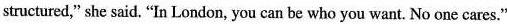
structured," she said. "In London, you can be who you want. No one cares."